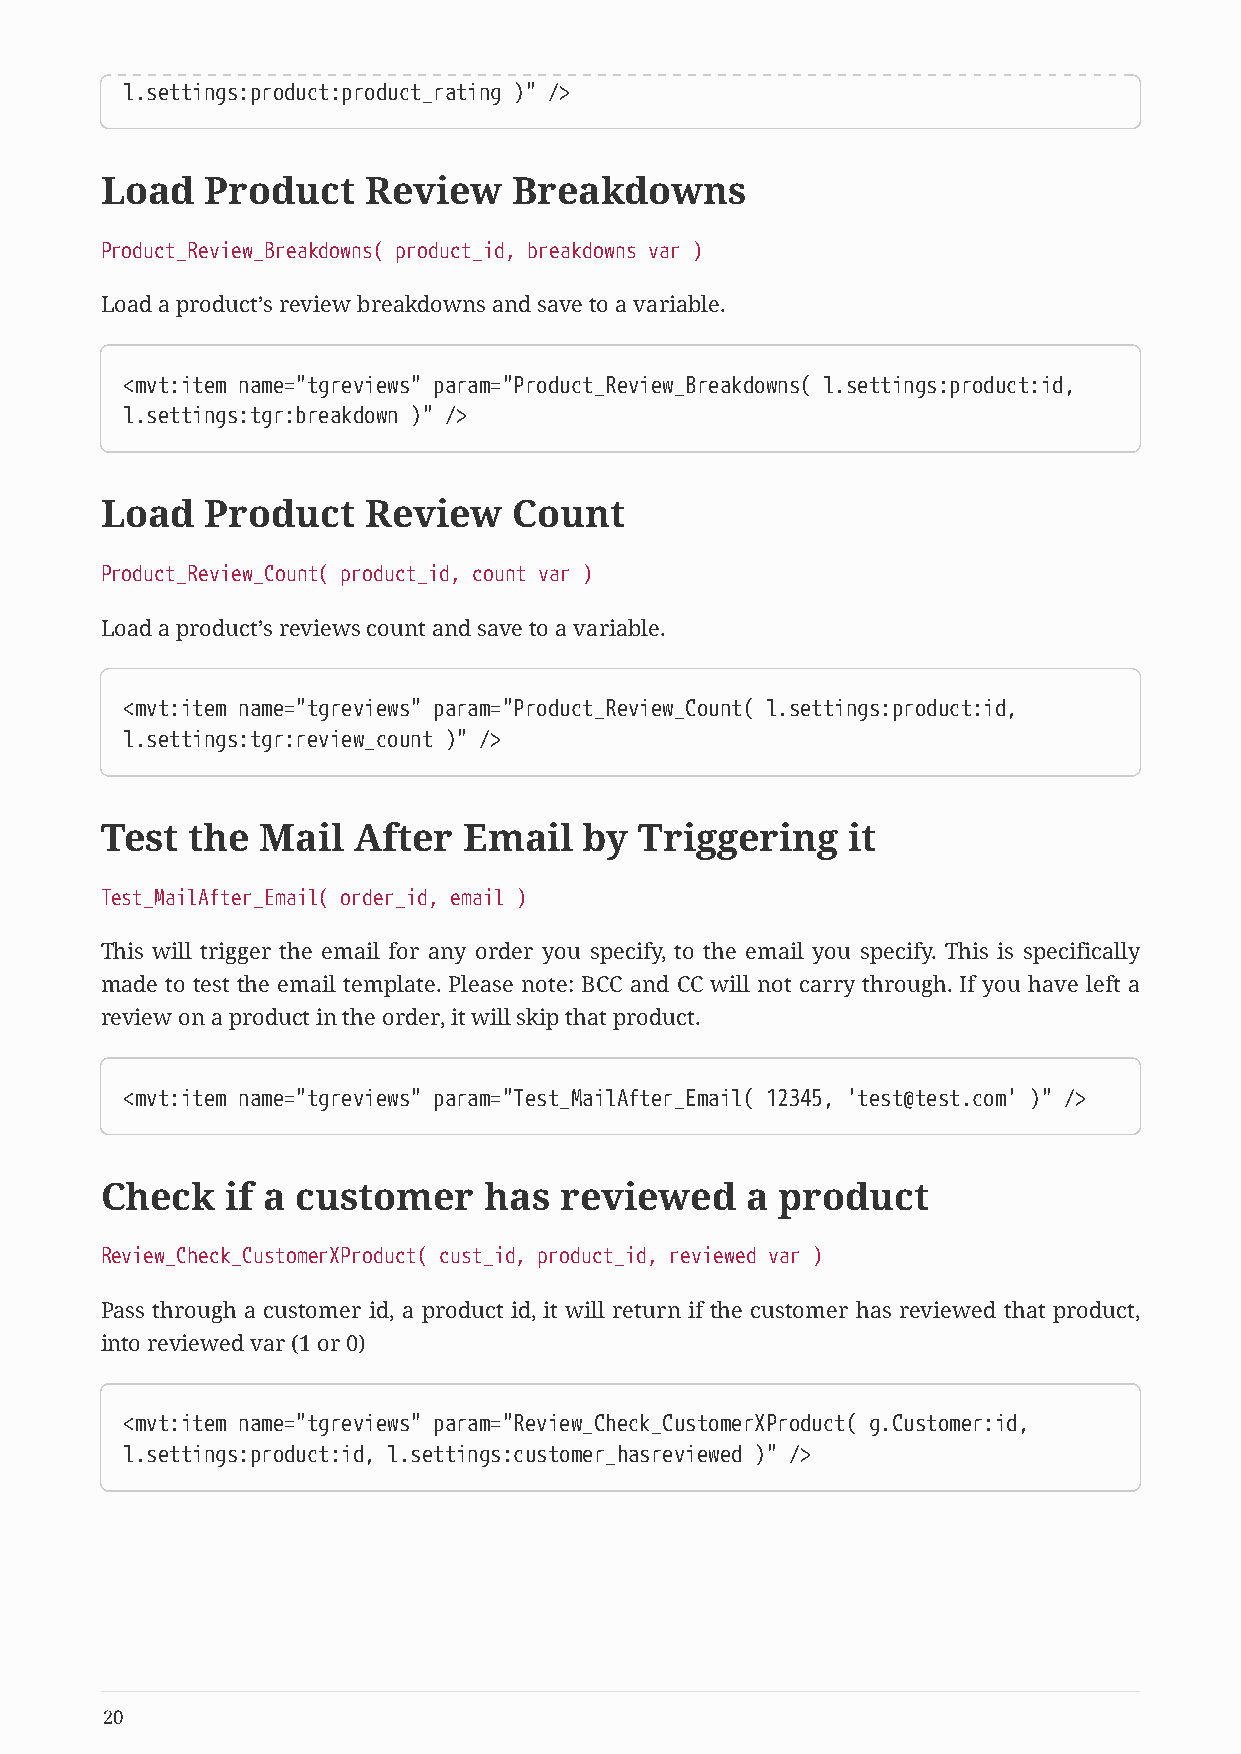
l.settings:product:product_rating )" />
 Load   Product   Review    Breakdowns
 Product_Review_Breakdowns( product_id, breakdowns var )
 Load a product’s review breakdowns and save to a variable.
 <mvt:item name="tgreviews" param="Product_Review_Breakdowns( l.settings:product:id,
 l.settings:tgr:breakdown )" />
 Load   Product   Review    Count
 Product_Review_Count( product_id, count var )
 Load a product’s reviews count and save to a variable.
 <mvt:item name="tgreviews" param="Product_Review_Count( l.settings:product:id,
 l.settings:tgr:review_count )" />
 Test the  Mail  After   Email   by Triggering    it
 Test_MailAfter_Email( order_id, email )
 This will trigger the email for any order you specify, to the email you specify. This is specifically
 made to test the email template. Please note: BCC and CC will not carry through. If you have left a
 review on a product in the order, it will skip that product.
 <mvt:item name="tgreviews" param="Test_MailAfter_Email( 12345, 'test@test.com' )" />
 Check   if a customer    has  reviewed    a product
 Review_Check_CustomerXProduct( cust_id, product_id, reviewed var )
 Pass through a customer id, a product id, it will return if the customer has reviewed that product,
 into reviewed var (1 or 0)
 <mvt:item name="tgreviews" param="Review_Check_CustomerXProduct( g.Customer:id,
 l.settings:product:id, l.settings:customer_hasreviewed )" />
 20